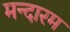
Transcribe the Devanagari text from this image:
मन्दारम